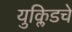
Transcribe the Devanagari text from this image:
युक्लिडचे